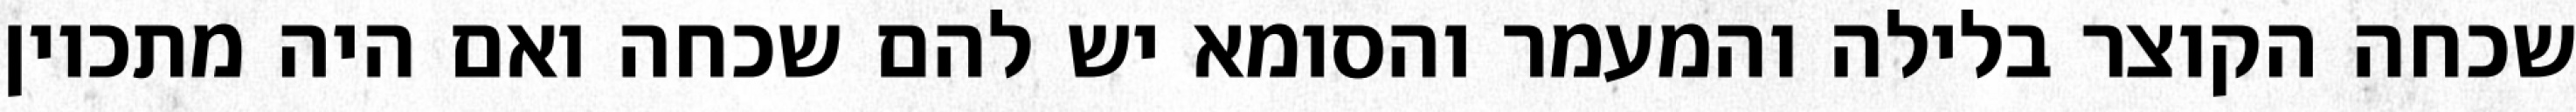
שכחה הקוצר בלילה והמעמר והסומא יש להם שכחה ואם היה מתכוין